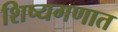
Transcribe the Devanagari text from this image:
शिष्यगणात